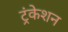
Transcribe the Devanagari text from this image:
ट्रंकेशन